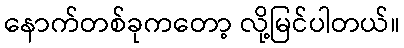
နောက်တစ်ခုကတော့ လို့မြင်ပါတယ်။